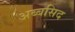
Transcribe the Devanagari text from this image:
अब्बसिद